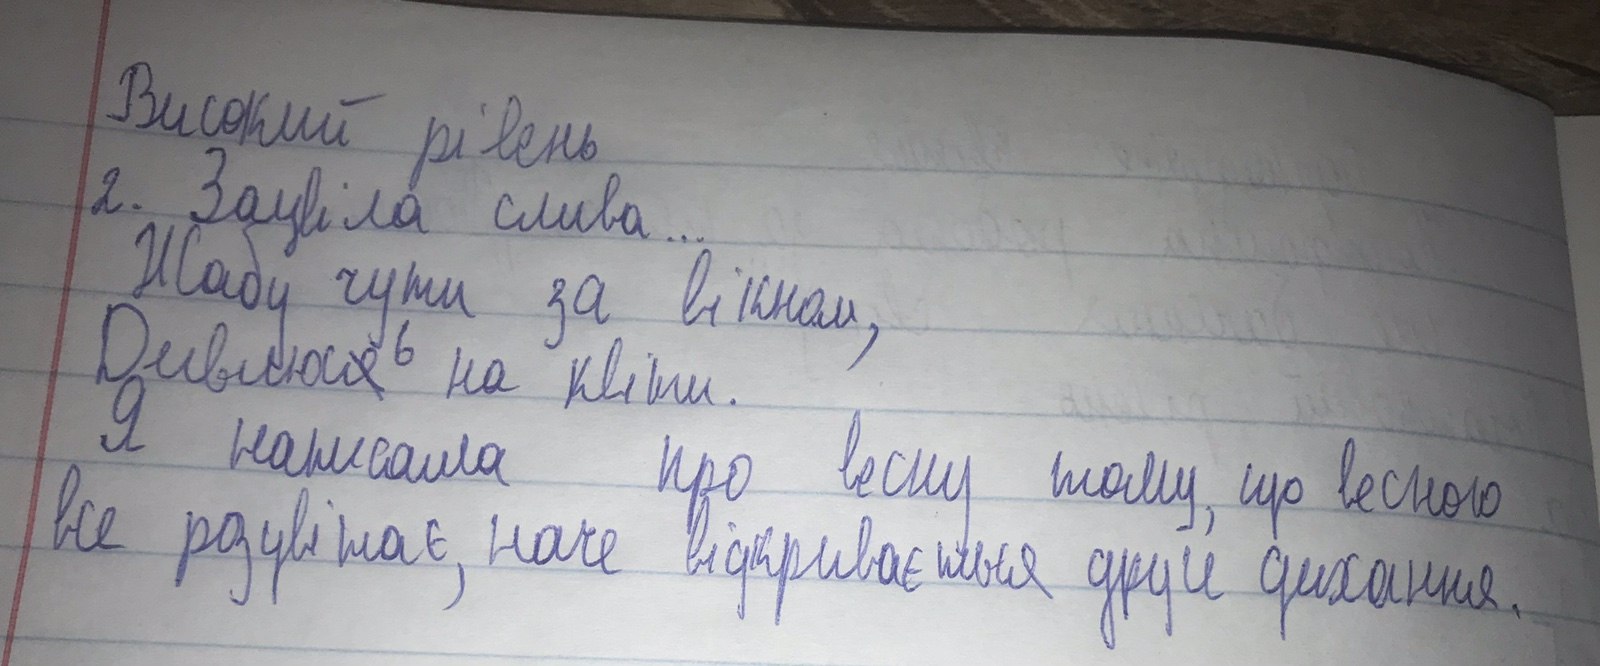
Високий рівень
2. Зацвіла слива...
Жабу чути за вікном,
Дивлюс~~я~~{ь} на квіти.
Я написала про весну тому, що весною
все розцвітає, наче відкривається друге дихання.